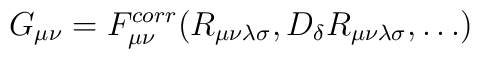
G_{\mu\nu}= F_{\mu\nu}^{corr} ( R_{\mu\nu\lambda\sigma},D_{\delta} R_{\mu\nu\lambda\sigma}, \dots)